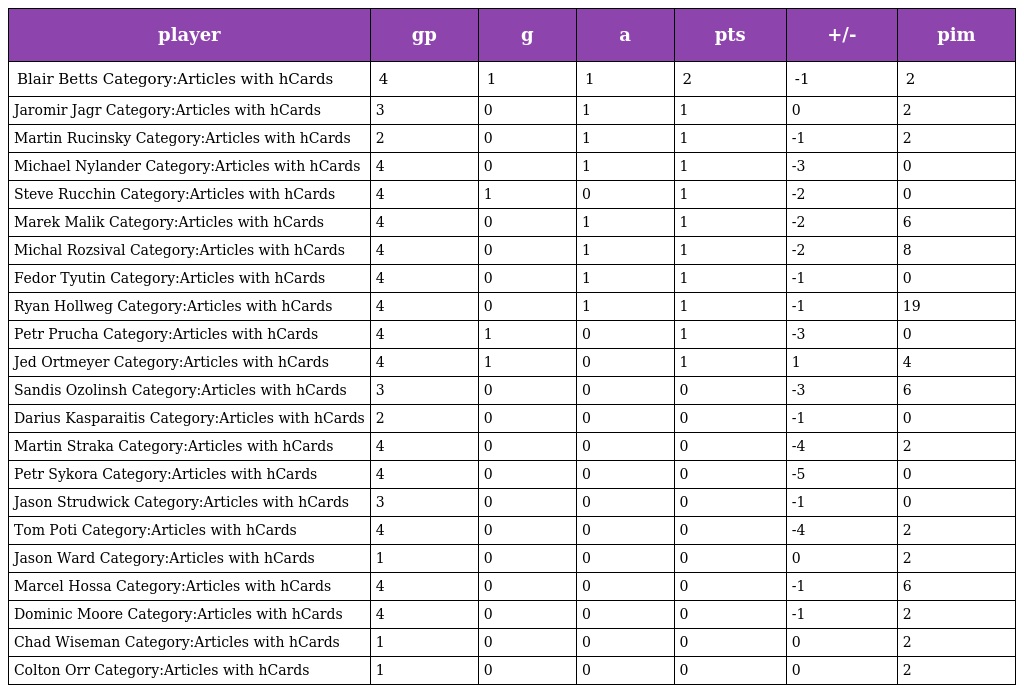
| player | gp | g | a | pts | +/- | pim |
 | --- | --- | --- | --- | --- | --- | --- |
 | Blair Betts Category:Articles with hCards | 4 | 1 | 1 | 2 | -1 | 2 |
 | Jaromir Jagr Category:Articles with hCards | 3 | 0 | 1 | 1 | 0 | 2 |
 | Martin Rucinsky Category:Articles with hCards | 2 | 0 | 1 | 1 | -1 | 2 |
 | Michael Nylander Category:Articles with hCards | 4 | 0 | 1 | 1 | -3 | 0 |
 | Steve Rucchin Category:Articles with hCards | 4 | 1 | 0 | 1 | -2 | 0 |
 | Marek Malik Category:Articles with hCards | 4 | 0 | 1 | 1 | -2 | 6 |
 | Michal Rozsival Category:Articles with hCards | 4 | 0 | 1 | 1 | -2 | 8 |
 | Fedor Tyutin Category:Articles with hCards | 4 | 0 | 1 | 1 | -1 | 0 |
 | Ryan Hollweg Category:Articles with hCards | 4 | 0 | 1 | 1 | -1 | 19 |
 | Petr Prucha Category:Articles with hCards | 4 | 1 | 0 | 1 | -3 | 0 |
 | Jed Ortmeyer Category:Articles with hCards | 4 | 1 | 0 | 1 | 1 | 4 |
 | Sandis Ozolinsh Category:Articles with hCards | 3 | 0 | 0 | 0 | -3 | 6 |
 | Darius Kasparaitis Category:Articles with hCards | 2 | 0 | 0 | 0 | -1 | 0 |
 | Martin Straka Category:Articles with hCards | 4 | 0 | 0 | 0 | -4 | 2 |
 | Petr Sykora Category:Articles with hCards | 4 | 0 | 0 | 0 | -5 | 0 |
 | Jason Strudwick Category:Articles with hCards | 3 | 0 | 0 | 0 | -1 | 0 |
 | Tom Poti Category:Articles with hCards | 4 | 0 | 0 | 0 | -4 | 2 |
 | Jason Ward Category:Articles with hCards | 1 | 0 | 0 | 0 | 0 | 2 |
 | Marcel Hossa Category:Articles with hCards | 4 | 0 | 0 | 0 | -1 | 6 |
 | Dominic Moore Category:Articles with hCards | 4 | 0 | 0 | 0 | -1 | 2 |
 | Chad Wiseman Category:Articles with hCards | 1 | 0 | 0 | 0 | 0 | 2 |
 | Colton Orr Category:Articles with hCards | 1 | 0 | 0 | 0 | 0 | 2 |